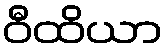
ဝီထိယာ